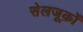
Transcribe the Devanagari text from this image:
सेलजूक़ों